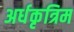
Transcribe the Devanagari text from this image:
अर्धकृत्रिम